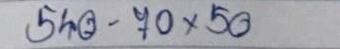
540 - 70 x 50